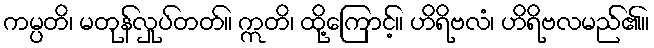
ကမ္ပတိ၊ မတုန်လှုပ်တတ်။ ဣတိ၊ ထို့ကြောင့်။ ဟိရိဗလံ၊ ဟိရိဗလမည်၏။